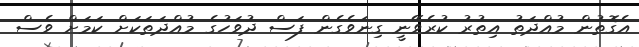
އެގޮތުން މުއްދަތު އިތުރު ކުރެވޭނީ ގިނަވެގެން ފަސް ދުވަހުގެ މުއްދަތަކަށް ކަމަށް ވެސް